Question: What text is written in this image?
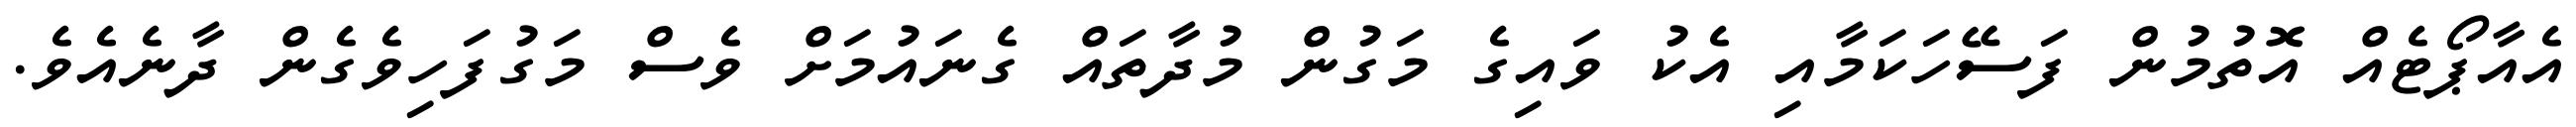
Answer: އެއާޕޯޓެއް އޮތުމުން ފަސޭހަކަމާއި އެކު ވައިގެ މަގުން މުދާތައް ގެނައުމަށް ވެސް މަގުފަހިވެގެން ދާނެއެވެ.